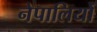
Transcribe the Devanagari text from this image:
नेपालियोँ